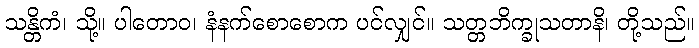
သန္တိကံ၊ သို့။ ပါတောဝ၊ နံနက်စောစောက ပင်လျှင်။ သတ္တဘိက္ခုသတာနိ၊ တို့သည်။